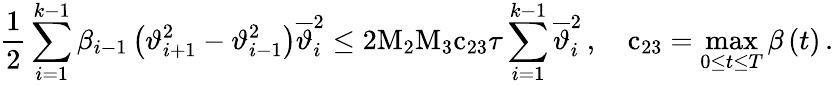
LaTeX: \frac{1}{2}\sum_{i=1}^{k-1}{{\beta}_{i-1}\left({\vartheta}_{i+1}^{2}-{\vartheta}_{i-1}^{2}\right){\overline{{\vartheta}}}_{i}^{2}}\leq{2}{\mathrm{M}}_{2}{\mathrm{M}}_{3}{\mathrm{c}}_{23}{\tau}\sum_{i=1}^{k-1}{{\overline{{\vartheta}}}_{i}^{2}}\, ,\quad{\mathrm{c}}_{23}=\operatorname*{max}_{0\leq t\leq{T}}{\beta\left(t\right)}\, .